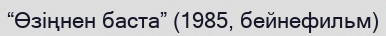
“Өзіңнен баста” (1985, бейнефильм)